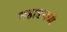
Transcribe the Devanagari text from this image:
महाडमध्ये